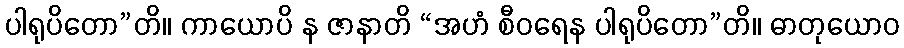
ပါရုပိတော”တိ။ ကာယောပိ န ဇာနာတိ “အဟံ စီဝရေန ပါရုပိတော”တိ။ ဓာတုယောဝ